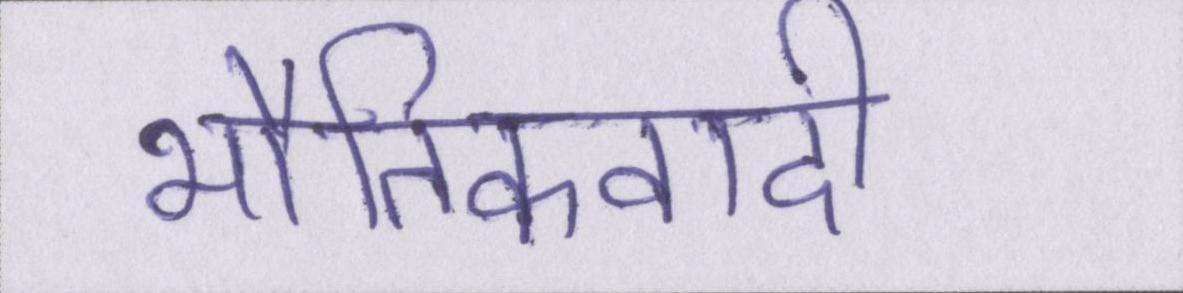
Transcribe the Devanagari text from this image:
भौतिकवादी